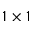
1 \times 1